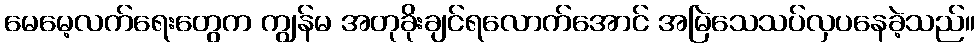
မေမေ့လက်ရေးတွေက ကျွန်မ အတုခိုးချင်ရလောက်အောင် အမြဲသေသပ်လှပနေခဲ့သည်။